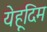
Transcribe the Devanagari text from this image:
येहूदिम